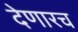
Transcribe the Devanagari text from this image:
देणारच